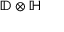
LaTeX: \mathbb { D } \otimes \mathbb { H }